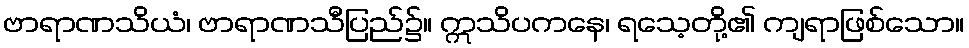
ဗာရာဏသိယံ၊ ဗာရာဏသီပြည်၌။ ဣသိပကနေ၊ ရသေ့တို့၏ ကျရာဖြစ်သော။